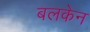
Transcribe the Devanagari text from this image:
बलकेन